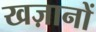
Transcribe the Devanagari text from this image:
खज़ानों